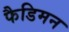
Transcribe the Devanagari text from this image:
फैडिमन